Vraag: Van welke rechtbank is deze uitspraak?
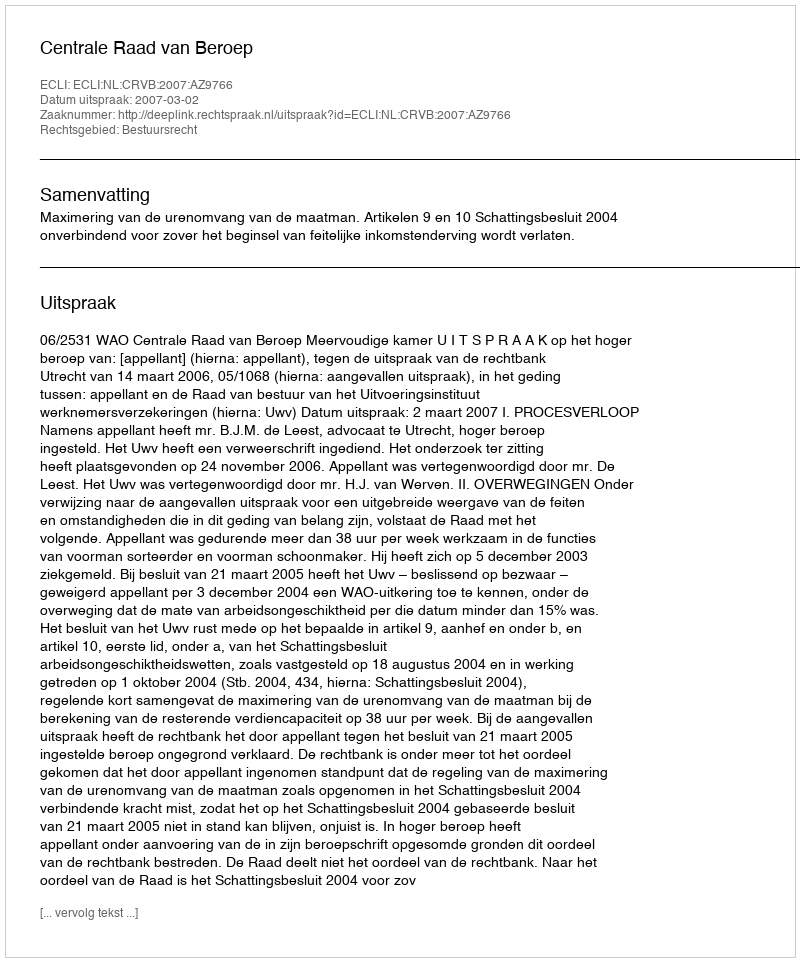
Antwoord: Centrale Raad van Beroep